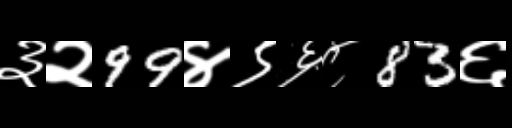
Text: ३२99४९६८83६